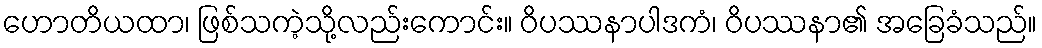
ဟောတိယထာ၊ ဖြစ်သကဲ့သို့လည်းကောင်း။ ဝိပဿနာပါဒကံ၊ ဝိပဿနာ၏ အခြေခံသည်။